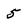
Character: 5